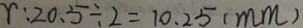
r : 2 0 . 5 \div 2 = 1 0 . 2 5 ( m m )